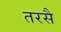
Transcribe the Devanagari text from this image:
तरसै